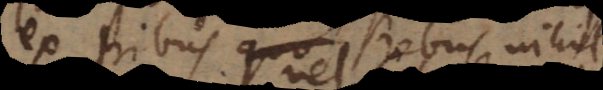
ex tribus rebus nihil